Annual report on the lock hospitals of the Madras Presidency
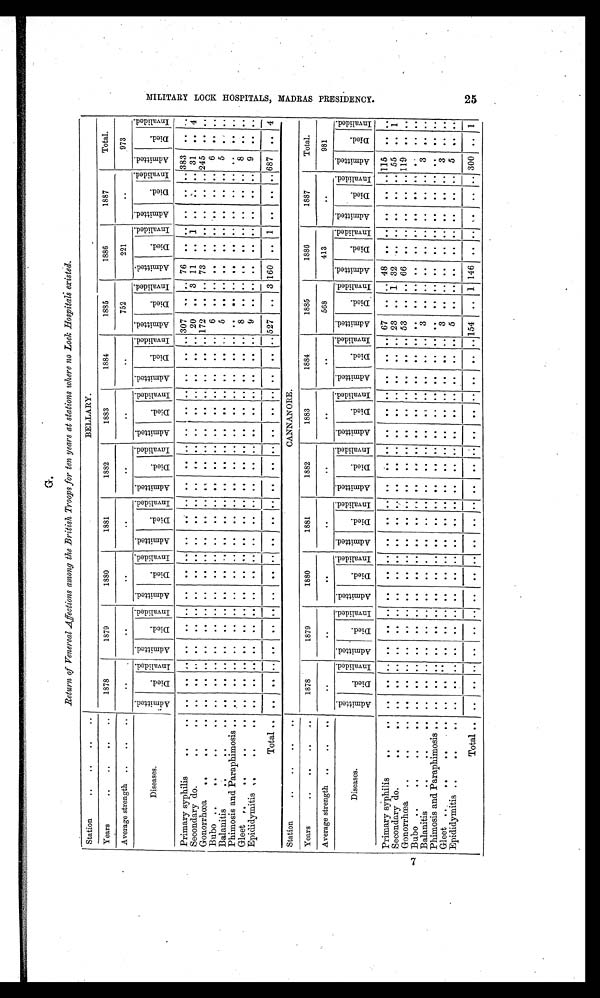
Return of Venereal Affections among the British Troops for ten years at stations where no Loch Hospitals existed.
Station
..
..
...
..
BELLARY.
Years
..
..
...
..
1878
1879
1880
1881
1882
1883
1884
1885
1886
1887
Total.
Average strength ..
...
....
. .
. .
. .
. .
. .
. .
..
752
221
..
973
Diseases.
A d m i t t e d .
D i e d .
I nva l i de d. A d m i t t e d .
D i e d .
I n v a l i d e d .
A d m i t t e d .
D i e d .
I n v a l i d e d .
Admi t t ed.
D i e d .
I n v a l i d e d . A d m i t t e d .
D i e d .
I n v a l i d e d . A d m i t t e d .
D i e d .
I n v a l i d e d .
A d m i t t e d .
D i e d .
I n v a l i d e d . A d m i t t e d .
D i e d .
I n v a l i e d e d .
A d m i t t e d . Di e d .
I n v a l i d e d .
Admi t t ed.
D i e d .
I n v a l i d e d .
A d m i t t e d .
D i e d .
I n v a l i d e d .
Primary syphilis
. . .
. . . . .
. . ..
. .
. .
. . . .
. .
. . . .
. . . . ..
. .
. . . .
. .
. . . .
. .
. . 307
. .
. . 76
. .
. . . .
. .
. . 383
. .
. .
Secondary do.
...
...
. . ..
. . . .
. .
. . . .
. .
. . . .
. .
. . ..
. .
. . . .
. .
. . . .
. .
. . 20
. . 3 11
. . 1
..
. .
. . 31 .. 4
Gonorrhœa ...
. .
. . ..
. .
. .
. . ..
. .
. . . .
. .
. . ..
. .
. .
. . . .
. . ..
. .
. . 172
. .
. . 73
. .
. . ..
. .
. . 245
. .
. .
Bubo ... . . .
. . . . .
. . ..
. .
. .
. . . .
. .
. . . .
. .
. . ..
. .
. . . .
. .
. . . .
. .
. . 6
. .
. . . .
. .
. . ..
. .
. . 6 ..
. .
Balanitis
...
...
. . .
. .
. . ..
. .
. .
. . . .
. .
. . . .
. .
. . ..
. .
. . . .
. .
. . . .
. .
. . 5
. .
. . ..
. .
. . ..
. . . . 5 ..
. .
Phimosis and Paraphimosis .. .. .. ..
. .
. . . . ..
. .
. .
. .
. . . . ..
. .
. . . .
. .
. . ..
. .
. . ..
. .
. . . .
. .
. . ..
. . . . . .
. . . .
Gleet ...
...
. . . . .
. . ..
. .
. .
. . . .
. .
. . . .
. .
. . ..
. .
. . . .
. .
. . ..
. .
. . 8
. .
. . . .
. .
. . ..
. . . . 8 ..
. .
Epididymitis ...
...
. . .. ..
. . . .
. . . .
. .
. . . .
. .
. . ..
. .
. . . .
. .
. . . .
. .
. . 9
. .
. . . .
. .
. . ..
. .
. . 9
. .
. .
Total ...
. .
.. ..
. .
. .
. . . .
. .
. . . .
. .
. . ..
. .
. . . .
. .
. . . .
. .
. . 527 .. 3 160 .. 1
..
. .
. . 687 .. 4
Station
...
..
...
. . .
CANNANORE.
Years
..
...
...
..
1878
1879
1880
1881
1882
1883
1884
1885
1886
1887
Total.
Average strength ..
. .
. . .
. .
..
. .
. .
..
. .
. .
568
413
..
981
D i s e a s e .
A d m i t t e d . D i e d .
I nva l i de d. A d m i t t e d .
D i e d .
I n v a l i d e d . A d m i t t e d .
D i e d .
I n v a l i d e d . A d m i t t e d .
D i e d .
I n v a l i d e d . A d m i t t e d .
D i e d .
I n v a l i d e d .
A d m i t t e d .
D i e d .
I n v a l i d e d . A d m i t t e d .
D i e d .
I n v a l i d e d . A d m i t t e d .
D i e d .
I n v a l i d e d . A d m i n t t e d .
D i e d .
I n v a l i d e d . A d m i t t e d .
D i e d .
I n v a l i d e d .
A d m i t t e d .
D i e d .
I n v a l i d e d .
Primary syphilis
..
. .
. .
. . ..
. .
. .
. . . .
. .
. . . .
. .
. . ..
. .
. . . .
. .
. . . .
. .
. . 67
. .
. . 48
. . . . ..
. .
. . 115
. .
. .
Secondary do.
. .
. . . .
.. ..
. .
. .
. . . .
. . . .
. .
. .
. . ..
. .
. . . .
. .
. . . .
. .
. . 23
. . 1 32
. . . . ..
. .
. . 55
. .
1
Gonorrhœa ..
. .
. .
. .
.. ..
. .
. .
. . . .
. . . .
. .
. .
. . ..
. .
. . . .
. .
. . . .
. .
. . 53
. .
. . 66
. .
. . ..
. .
. . 119
. .
. .
Bubo..
. .
. .
. . .
.. ..
. .
. .
. . ..
. .
. . . .
. .
. . ..
. .
. . . .
. .
. . ..
. .
. . . .
. .
. . . . ..
. . ..
. . . .
. . .
. .
. .
Balanitis
. .
. .
. . . .
.. ..
. .
. .
. . ..
. . . .
. .
. .
. . ..
. .
. . . .
. .
. . . .
. .
. . 3
. . .. . .
. . . . ..
. .
. . 3
. .
. .
Phimosis and Paraphimosis . .
. .
.. ... . .
. .
. . . .
. . . .
. .
. .
. . ..
. . . .
. . . .
. .
. . . .
. .
. . . .
. .
. .
. . . ..
. . ..
. . . .
. .
. .
. .
Gleet ...
. . . . .
. . ..
. .
. .
. . . .
. . . . ..
. .
. . ..
. .
. . . .
. .
. . . .
. .
. . 3 .. ..
. .
. . . . ..
. . . .
3
. .
. .
Epididymitis ..
. .
.
. .
. . ..
. .
. .
. . . .
. . . . ..
. .
. . ..
. .
. . . .
. .
. . . .
. .
. . 5
. .
. .
. . ..
. . ..
. . . .
5
. .
. .
Total ...
. .
. . .. . .
. .
. . . .
. . . . ..
. .
. . ..
. .
. .
. . . .
. . . .
. . . .
154
. .
1 146
. . . . ..
. .
. . 300
. . 1
M I L I T A R Y L O C K H O S P I T A L S , M A D R A S P R E S I D E N C Y .
25
7